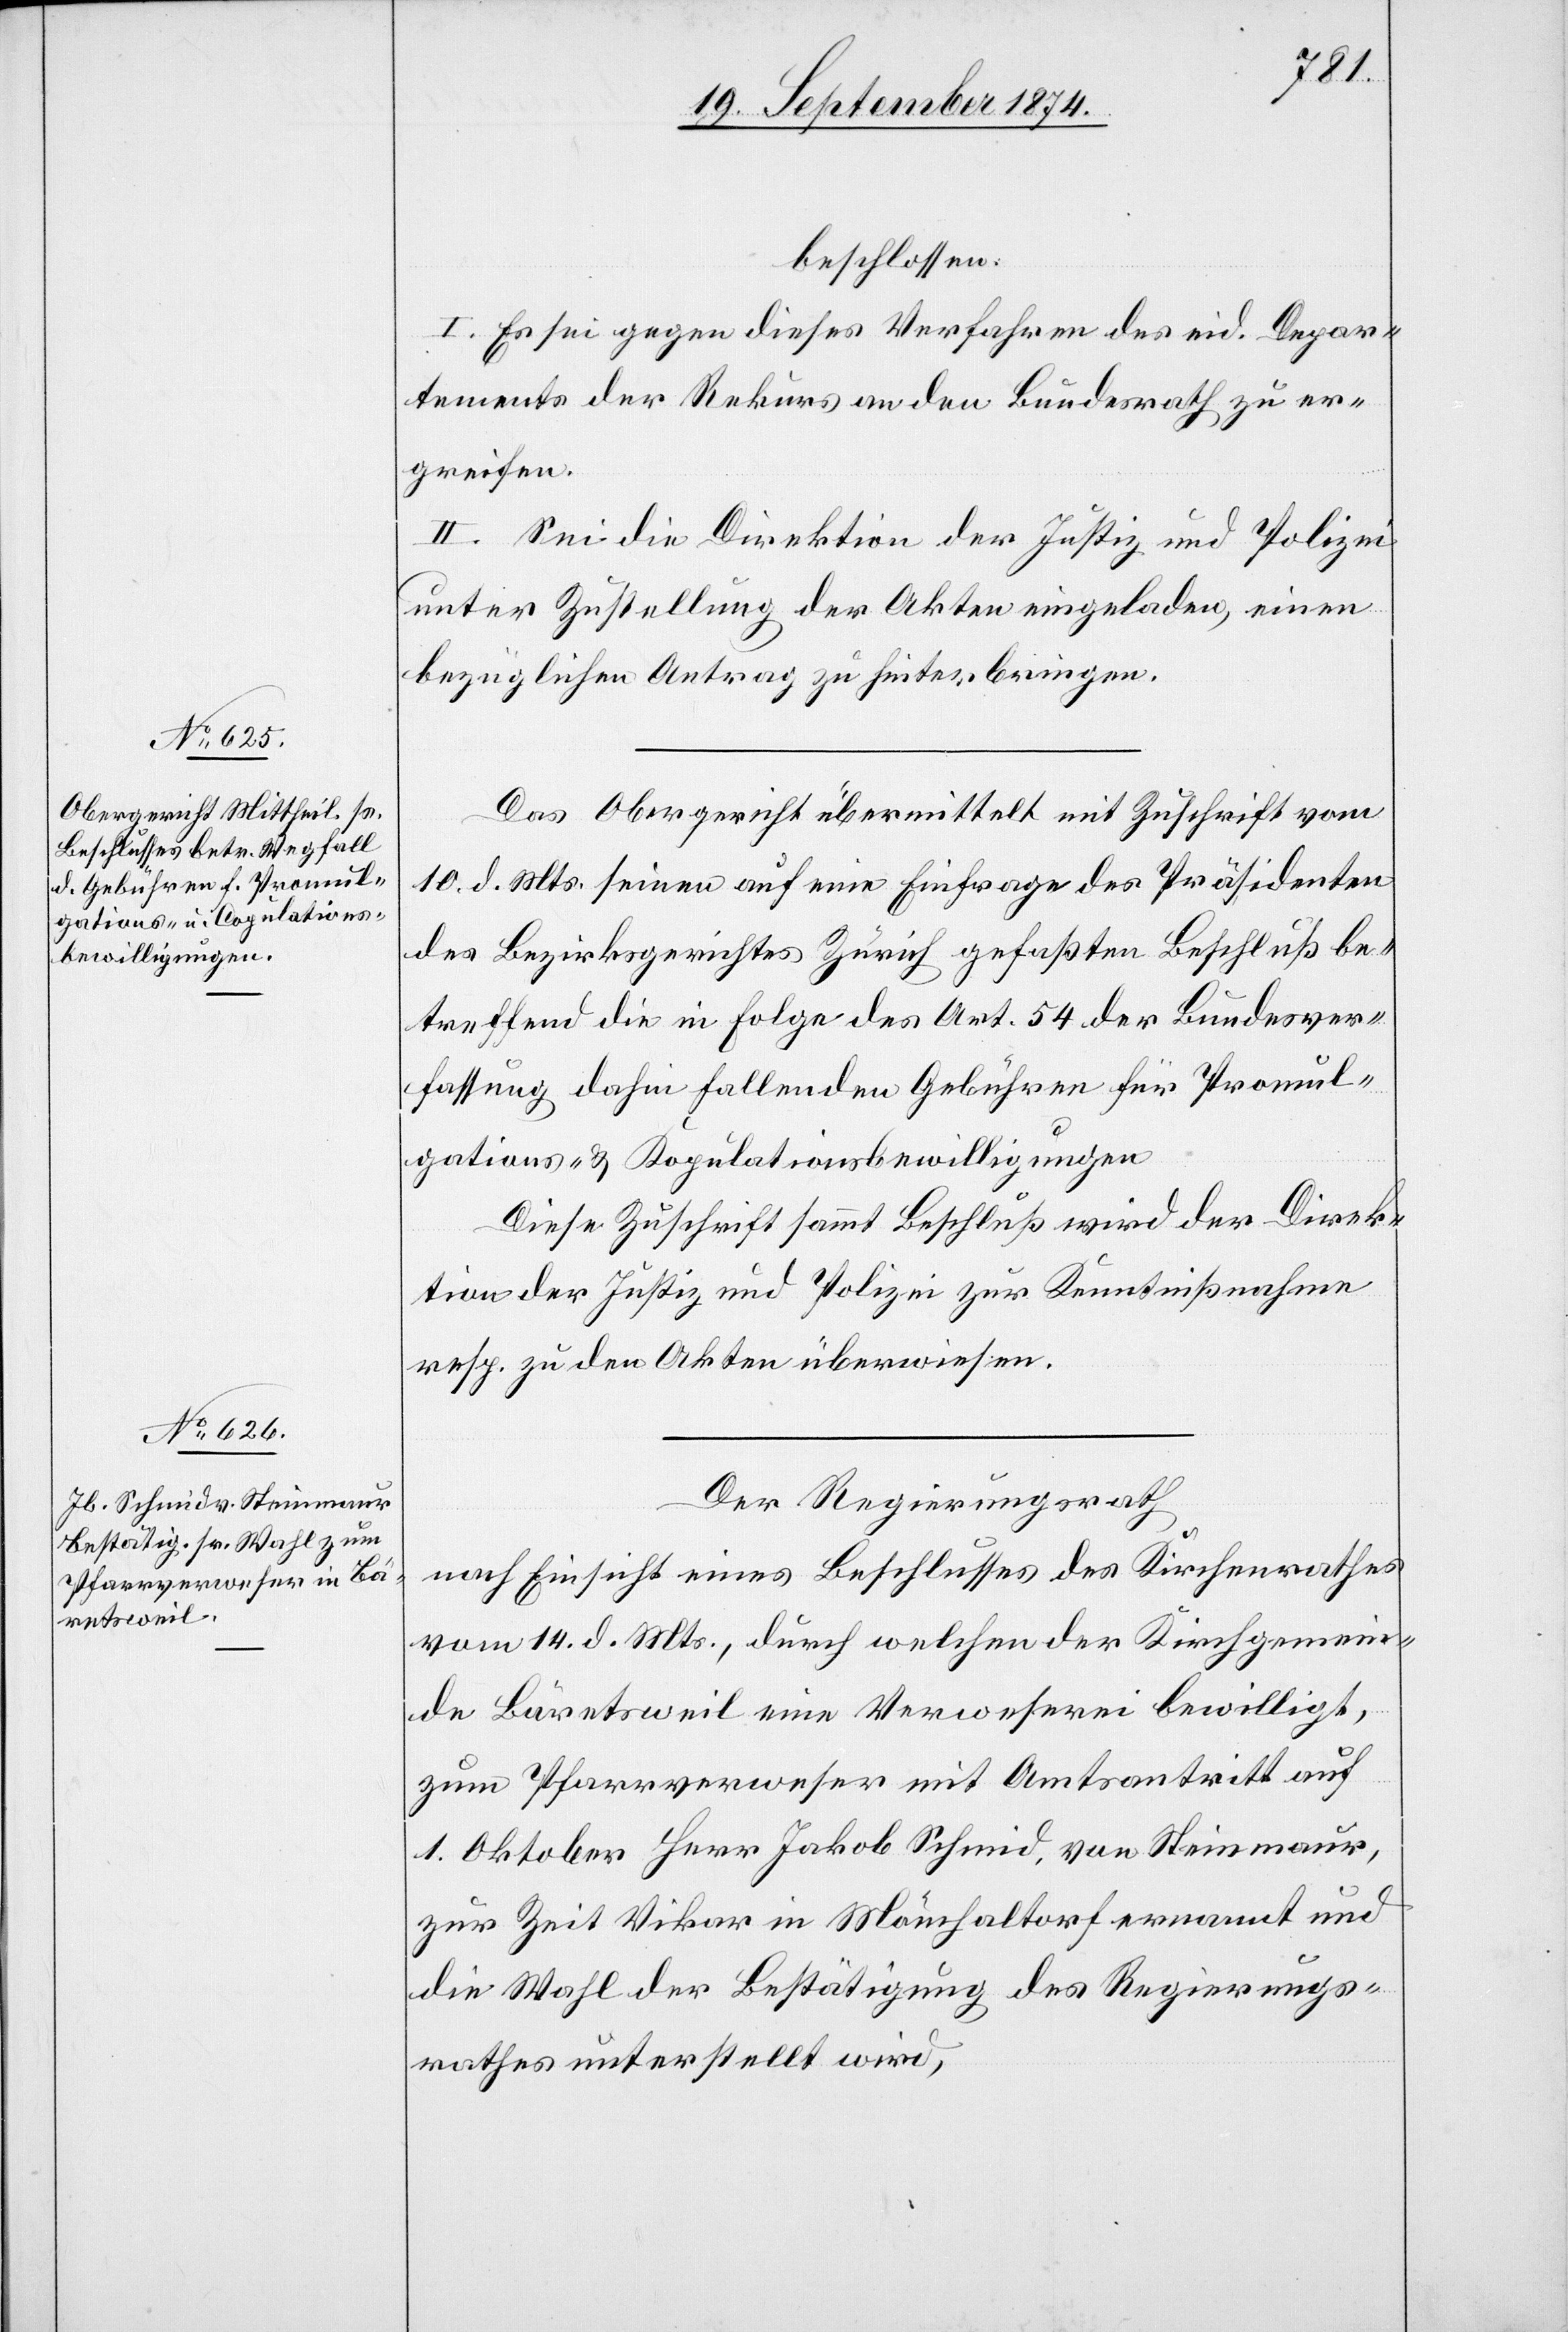
beschlossen:
I. Es sei gegen dieses Verfahren des eid. Depar¬
tements der Rekurs an den Bundesrath zu er¬
greifen.
II. Sei die Direktion der Justiz und Polizei
unter Zustellung der Akten eingeladen, einen
bezüglichen Antrag zu hinterbringen.
Das Obergericht übermittelt mit Zuschrift vom
10. d. Mts. seinen auf eine Einfrage des Präsidenten
des Bezirksgerichtes Zürich gefaßten Beschluß be¬
treffend die in Folge des Art. 54 der Bundesver¬
fassung dahin fallenden Gebühren für Promul¬
gations- & Kopulationsbewilligungen[.]
Diese Zuschrift sammt Beschluß wird der Direk¬
tion der Justiz und Polizei zur Kenntnißnahme
resp. zu den Akten überwiesen.
Der Regierungsrath
nach Einsicht eines Beschlusses des Kirchenrathes
vom 14. d. Mts., durch welchen der Kirchgemein¬
de Bäretsweil eine Verweserei bewilligt,
zum Pfarrverweser mit Amtsantritt auf
1. Oktober Herr Jakob Schmid, von Steinmaur,
zur Zeit Vikar in Mönchaltorf ernannt und
die Wahl der Bestätigung des Regierungs¬
rathes unterstellt wird,